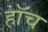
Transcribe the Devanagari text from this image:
हाॅच